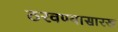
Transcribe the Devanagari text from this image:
ठरवण्यासारख